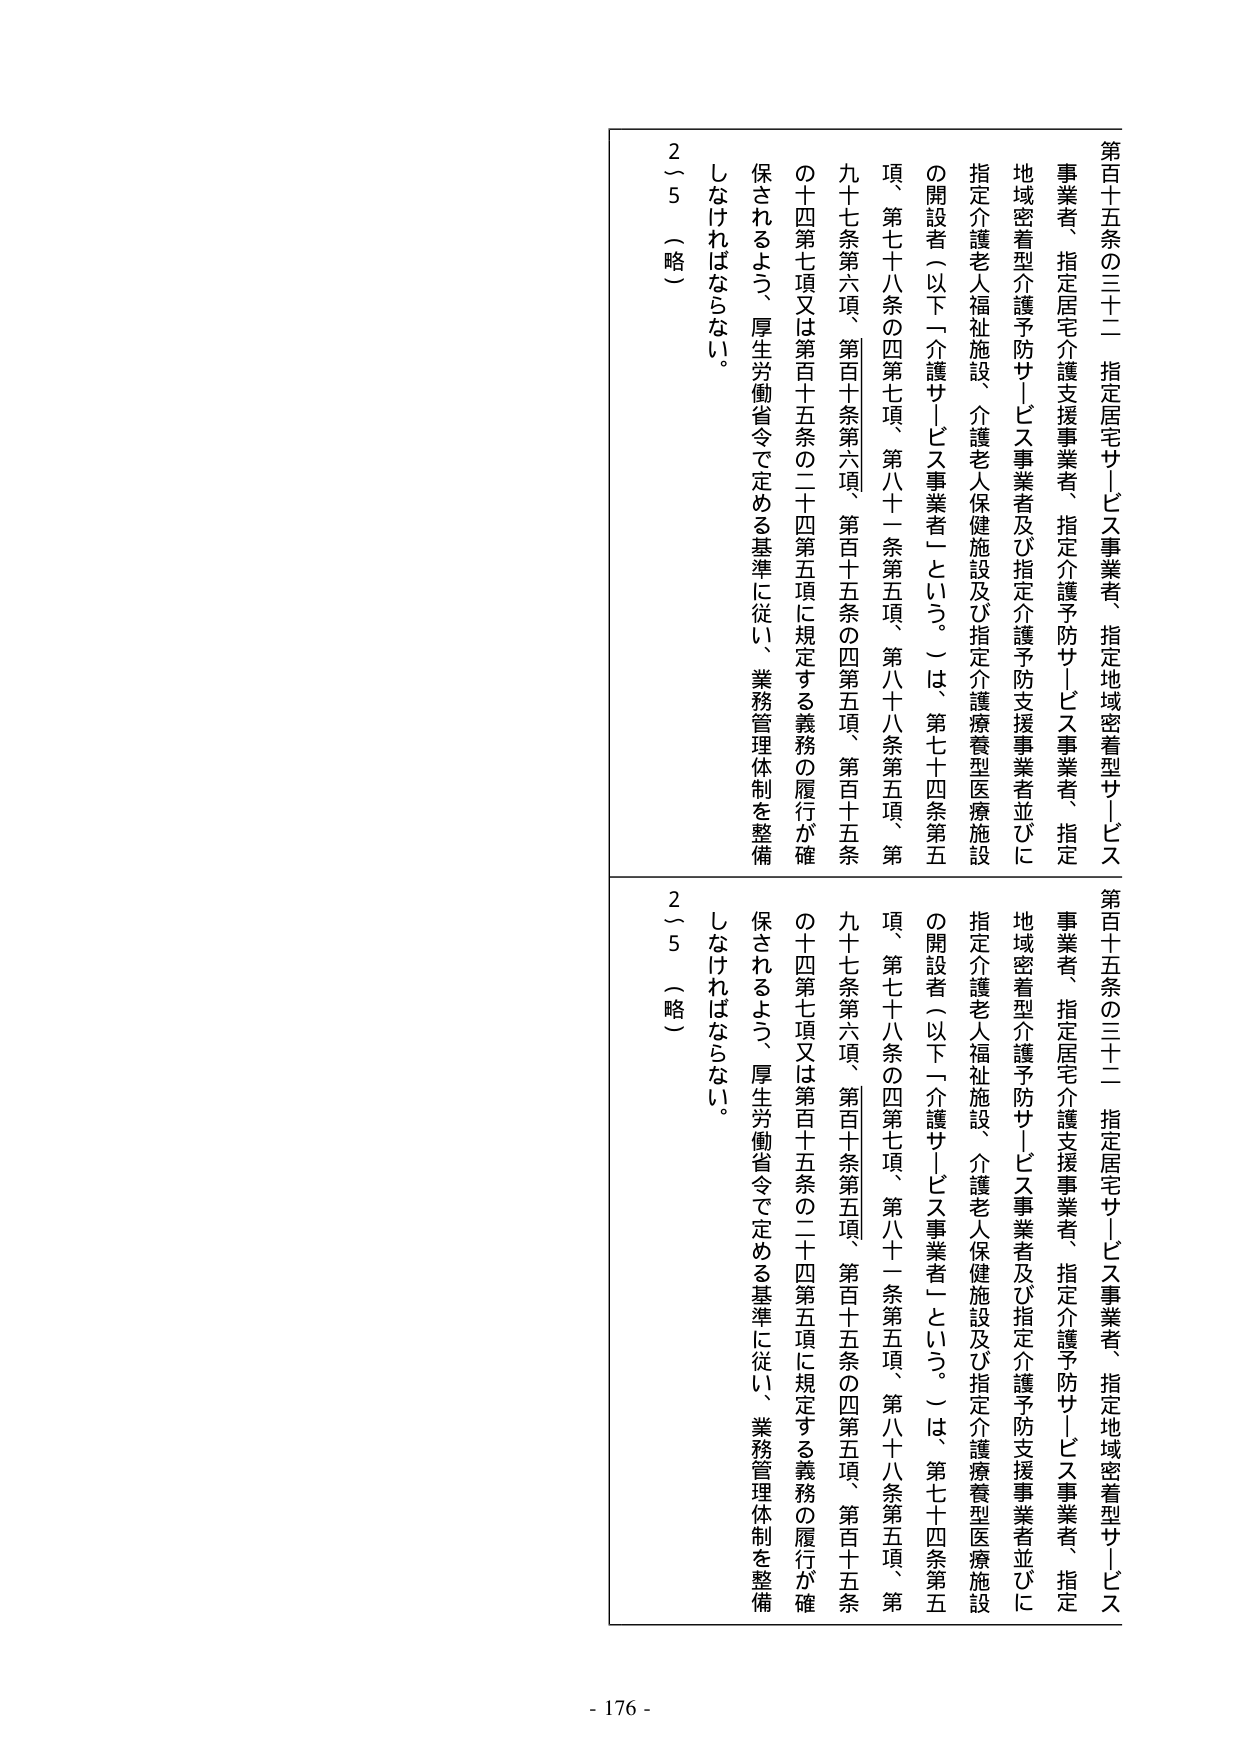
第百十五条の三十二 指定居宅サービス事業者、指定地域密着型サービス事業者、指定居宅介護支援事業者、指定介護予防サービス事業者、指定地域密着型介護予防サービス事業者及び指定介護予防支援事業者並びに指定介護老人福祉施設、介護老人保健施設及び指定介護療養型医療施設の開設者（以下「介護サービス事業者」という。）は、第七十四条第五項、第七十八条の四第七項、第八十一条第五項、第八十八条第五項、第九十七条第六項、第百十条第六項、第百十五条の四第五項、第百十五条の十四第七項又は第百十五条の二十四第五項に規定する義務の履行が確保されるよう、厚生労働省令で定める基準に従い、業務管理体制を整備しなければならない。

２～５（略）

第百十五条の三十二 指定居宅サービス事業者、指定地域密着型サービス事業者、指定居宅介護支援事業者、指定介護予防サービス事業者、指定地域密着型介護予防サービス事業者及び指定介護予防支援事業者並びに指定介護老人福祉施設、介護老人保健施設及び指定介護療養型医療施設の開設者（以下「介護サービス事業者」という。）は、第七十四条第五項、第七十八条の四第七項、第八十一条第五項、第八十八条第五項、第九十七条第六項、第百十条第五項、第百十五条の四第五項、第百十五条の十四第七項又は第百十五条の二十四第五項に規定する義務の履行が確保されるよう、厚生労働省令で定める基準に従い、業務管理体制を整備しなければならない。

２～５（略）

- 176 -